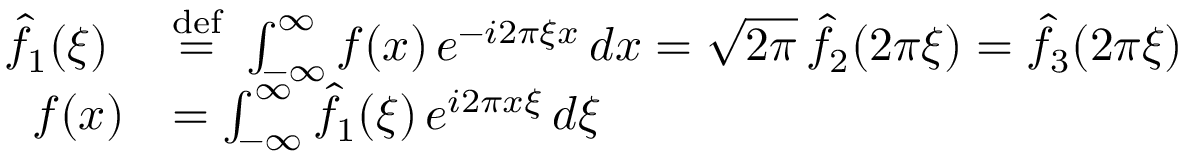
{ \begin{array} { r l } { { \hat { f } } _ { 1 } ( \xi ) \ } & { { \stackrel { \mathrm { d e f } } { = } } \ \int _ { - \infty } ^ { \infty } f ( x ) \, e ^ { - i 2 \pi \xi x } \, d x = { \sqrt { 2 \pi } } \, { \hat { f } } _ { 2 } ( 2 \pi \xi ) = { \hat { f } } _ { 3 } ( 2 \pi \xi ) } \\ { f ( x ) } & { = \int _ { - \infty } ^ { \infty } { \hat { f } } _ { 1 } ( \xi ) \, e ^ { i 2 \pi x \xi } \, d \xi } \end{array} }